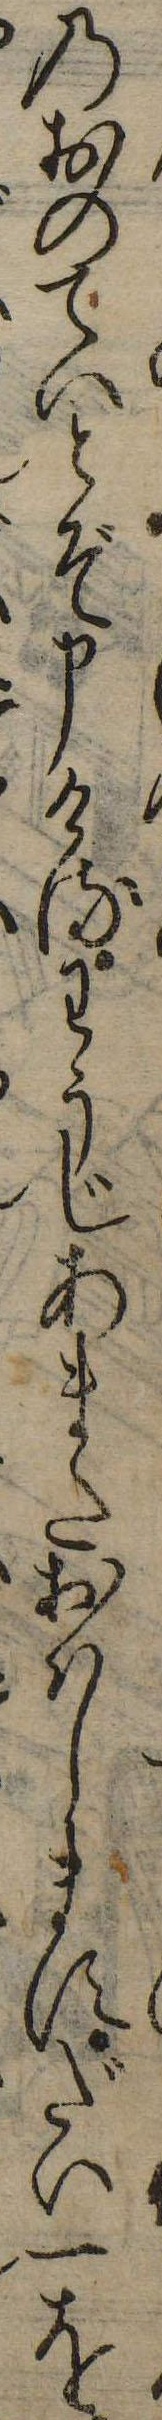
のおのていとぞ申けるわうじあまたおはしますだい一を